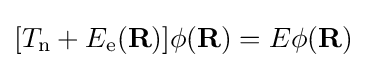
[T_{\text{n}}+E_{\text{e}}(\mathbf {R} )]\phi (\mathbf {R} )=E\phi (\mathbf {R} )